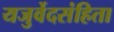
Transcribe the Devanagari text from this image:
यजुर्वेदसंहिता